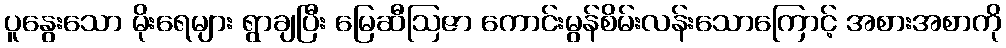
ပူနွေးသော မိုးရေများ ရွာချပြီး မြေဆီဩဇာ ကောင်းမွန်စိမ်းလန်းသောကြောင့် အစားအစာကို